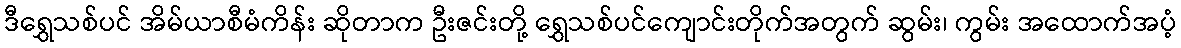
ဒီရွှေသစ်ပင် အိမ်ယာစီမံကိန်း ဆိုတာက ဦးဇင်းတို့ ရွှေသစ်ပင်ကျောင်းတိုက်အတွက် ဆွမ်း၊ ကွမ်း အထောက်အပံ့